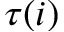
\tau ( i )